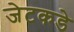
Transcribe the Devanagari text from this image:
जेटकडे